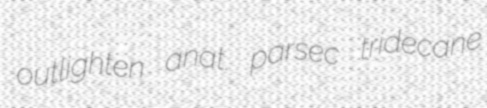
outlighten anat. parsec tridecane